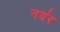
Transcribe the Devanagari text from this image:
नवंर